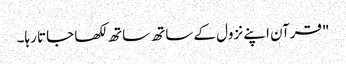
"قرآن اپنے نزول کے ساتھ ساتھ لکھا جاتا رہا۔